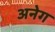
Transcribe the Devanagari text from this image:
अनेग